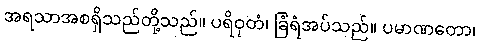
အရသာအစရှိသည်တို့သည်။ ပရိဝုတံ၊ ခြံရံအပ်သည်။ ပမာဏတော၊